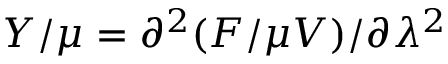
Y / \mu = \partial ^ { 2 } ( F / \mu V ) / \partial \lambda ^ { 2 }